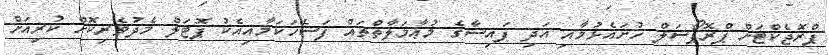
ޕްރޮޖެކްޓަށް ޕްރޮޕޯސަލް ހުށައެޅުމާއި އަދި ފައިސާގެ މުޢާމަލާތްތައް ފަސޭހަކަމާއިއެކު ޕޮޓަލް މެދުވެރިކޮށް ކުރިއަށް